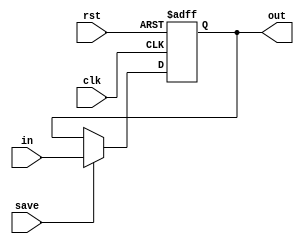
module C_Register (clk, rst, save, in, out);

	parameter BITS = 16;
	input clk;
	input rst;
	input save;
	input [BITS-1:0] in;
	output reg [BITS-1:0] out;

	reg [BITS-1:0] value;
	reg reset;

	initial begin
		out = {BITS{1'b0}};
		value = {BITS{1'b0}};
	end
	
	always @ (posedge clk, posedge rst) begin
	   if (rst)
			value = {BITS{1'b0}};
		else if (save)
			value = in;
		out = value;
	end

endmodule